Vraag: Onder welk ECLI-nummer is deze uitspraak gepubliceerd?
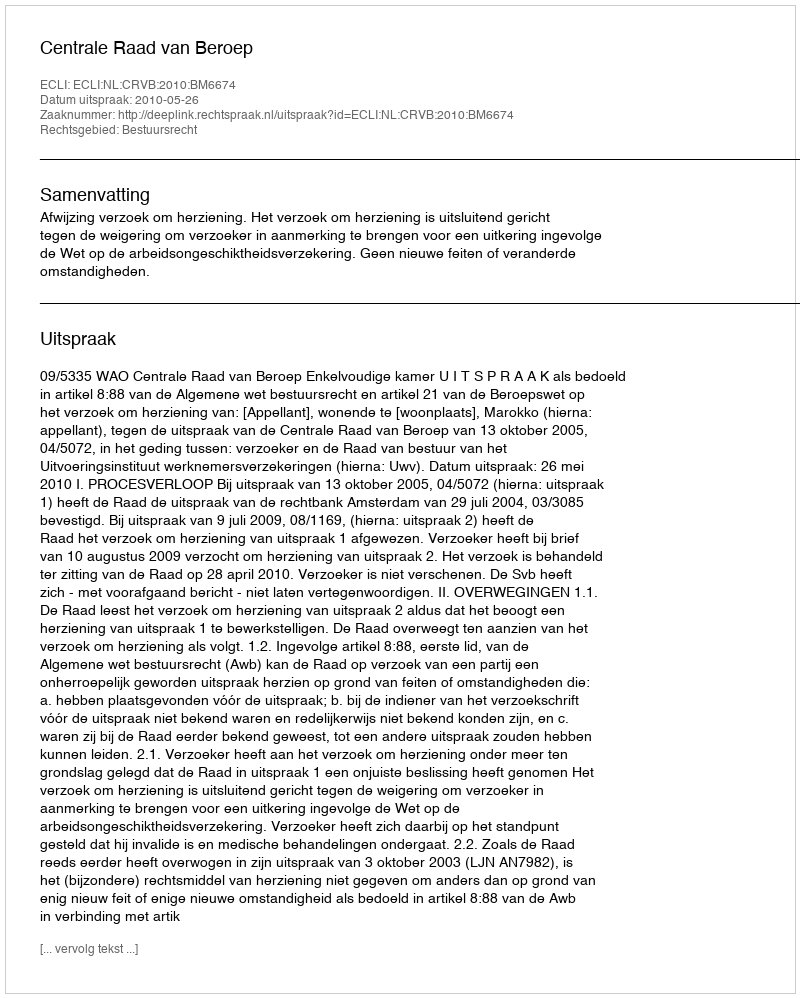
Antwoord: ECLI:NL:CRVB:2010:BM6674